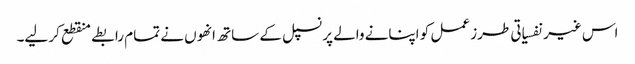
اس غیر نفسیاتی طرز عمل کو اپنانے والے پرنسپل کے ساتھ انھوں نے تمام رابطے منقطع کر لیے۔